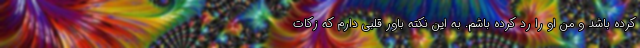
کرده باشد و من او را رد کرده باشم. به این نکته باور قلبی دارم که زکات